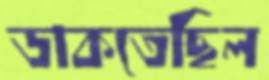
ডাকতেছিল